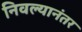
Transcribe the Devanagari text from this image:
निवल्यानंतर